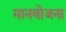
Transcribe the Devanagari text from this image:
मानयोजना